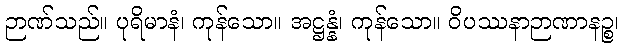
ဉာဏ်သည်။ ပုရိမာနံ၊ ကုန်သော။ အဋ္ဌန္နံ၊ ကုန်သော။ ဝိပဿနာဉာဏာနဉ္စ၊